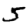
Digit: 5